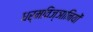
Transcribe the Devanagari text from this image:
धर्मविज्ञानियों